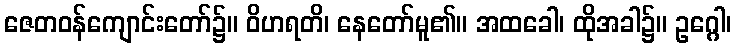
ဇေတဝန်ကျောင်းတော်၌။ ဝိဟရတိ၊ နေတော်မူ၏။ အထခေါ၊ ထိုအခါ၌။ ဥဂ္ဂေါ၊